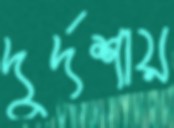
দুর্দশায়